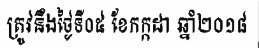
ត្រូវនឹងថ្ងៃទី០៥ ខែកក្កដា ឆ្នាំ២០១៨